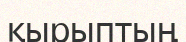
қырыптың